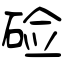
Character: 硷